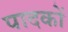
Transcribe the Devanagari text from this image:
पादकों